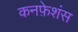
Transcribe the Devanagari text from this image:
कनफ़ेशंस